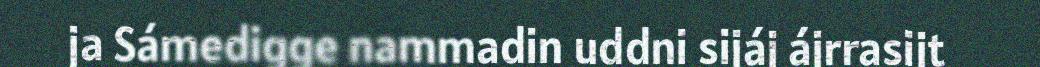
ja Sámedigge nammadin uddni sijáj ájrrasijt